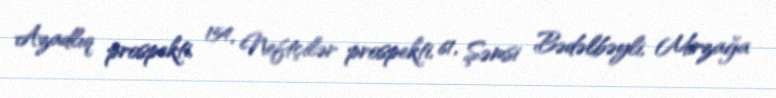
Azadlıq prospekti, 154, Neftçilər prospekti, 61, Şəmsi Bədəlbəyli, Mirzağa